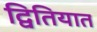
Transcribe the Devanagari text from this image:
द्वितियात